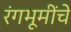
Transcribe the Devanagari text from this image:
रंगभूमींचे